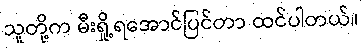
သူတို့က မီးရှို့ရအောင်ပြင်တာ ထင်ပါတယ်။